Annual report on the mental hospital in the Central Provinces and Berar (Nagpur) - 1927-1951
Year: 1927
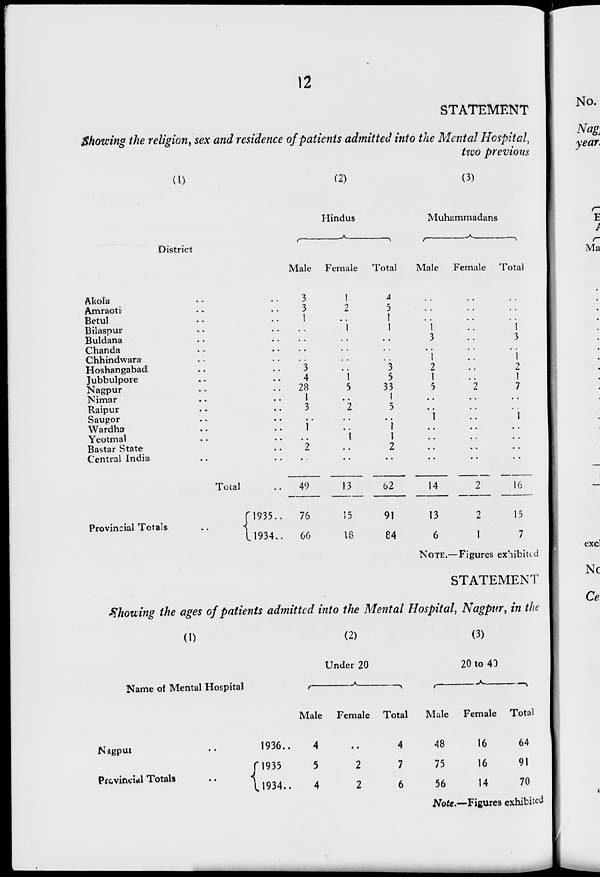
12
STATEMENT
Showing the religion, sex and residence of patients admitted into the Mental Hospital,
two previous
(1)
District
Akola .. ..
Amraoti .. ..
Betul .. ..
Bilaspur .. ..
Buldana .. ..
Chanda .. ..
Chhindwara .. ..
Hoshangabad .. ..
Jubbulpore .. ..
Nagpur .. ..
Nimar .. ..
Raipur .. ..
Saugor .. ..
Wardha .. ..
Yeotmal .. ..
Bastar State .. ..
Central India .. ..
Total ..
Provincial Totals
..
1935..
1934..
(2)
Hindus
Male
3
3
1
..
..
..
..
3
4
28
1
3
..
1
..
2
..
49
76
66
Female
1
2
..
1
..
..
..
..
1
5
..
2
..
..
1
..
..
13
15
18
Total
4
5
1
1
..
..
..
3
5
33
1
5
..
1
1
2
..
62
91
84
(3)
Muhammadans
Male
..
..
..
1
3
..
1
2
1
5
..
..
1
..
..
..
..
14
13
6
Female
..
..
..
..
..
..
..
..
..
2
..
..
..
..
..
..
..
2
2
1
Total
..
..
..
1
3
..
1
2
1
7
..
..
1
..
..
..
..
16
15
7
NOTE.—Figures exhibited
STATEMENT
Showing the ages of patients admitted into the Mental Hospital, Nagpur, in the
(1)
Name of Mental Hospital
Nagpur ..
Provincial Totals ..
1936..
1935..
1934..
(2)
Under 20
Male
4
5
4
Female
..
2
2
Total
4
7
6
(3)
20 to 40
Male
48
75
56
Female
16
16
14
Total
64
91
70
Note.—Figures exhibited